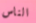
الناس